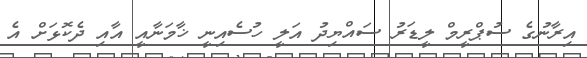
އިރާނުގެ ސުޕްރީމް ލީޑަރު ސައްޔިދު އަލީ ހުސެއިނީ ޚާމަނާއީ އާއި ދެކޮޅަށް އެ